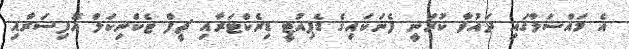
އެ މައްސަލާގައި ދައުވާ ކުރަނީ ފެނަކައިގެ ޑެޕިއުޓީ ޑިރެކްޓަރާއި ޗީފް ޓެކްނިކަލް އޮފިސަރާއި